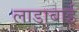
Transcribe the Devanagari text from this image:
लाडाबाई